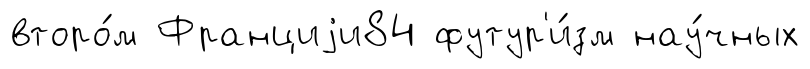
второ́м Франциjи84 футур'и́зм нау́чных